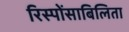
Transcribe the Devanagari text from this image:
रिस्पोंसाबिलिता